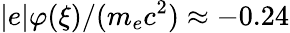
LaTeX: |e|\varphi(\xi)/(m_{e}c^{2})\approx-0.24